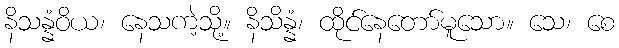
နိသန္နံဝိယ၊ နေသကဲ့သို့။ နိသိန္နံ၊ ထိုင်နေတော်မူသော။ သေ၊ စေ